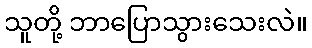
သူတို့ ဘာပြောသွားသေးလဲ။